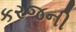
કરજની